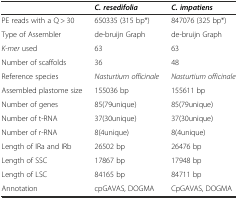
<table><thead><tr><td></td><td><b><i>C. resedifolia</i></b></td><td><b><i>C. impatiens</i></b></td></tr></thead><tbody><tr><td>PE reads with a Q &gt; 30</td><td>650335 (315 bp*)</td><td>847076 (325 bp*)</td></tr><tr><td>Type of Assembler</td><td>de-bruijn Graph</td><td>de-bruijn Graph</td></tr><tr><td><i>K-mer</i> used</td><td>63</td><td>63</td></tr><tr><td>Number of scaffolds</td><td>36</td><td>48</td></tr><tr><td>Reference species</td><td><i>Nasturtium officinale</i></td><td><i>Nasturtium officinale</i></td></tr><tr><td>Assembled plastome size</td><td>155036 bp</td><td>155611 bp</td></tr><tr><td>Number of genes</td><td>85(79unique)</td><td>85(79unique)</td></tr><tr><td>Number of t-RNA</td><td>37(30unique)</td><td>37(30unique)</td></tr><tr><td>Number of r-RNA</td><td>8(4unique)</td><td>8(4unique)</td></tr><tr><td>Length of IRa and IRb</td><td>26502 bp</td><td>26476 bp</td></tr><tr><td>Length of SSC</td><td>17867 bp</td><td>17948 bp</td></tr><tr><td>Length of LSC</td><td>84165 bp</td><td>84711 bp</td></tr><tr><td>Annotation</td><td>cpGAVAS, DOGMA</td><td>CpGAVAS, DOGMA</td></tr></tbody></table>